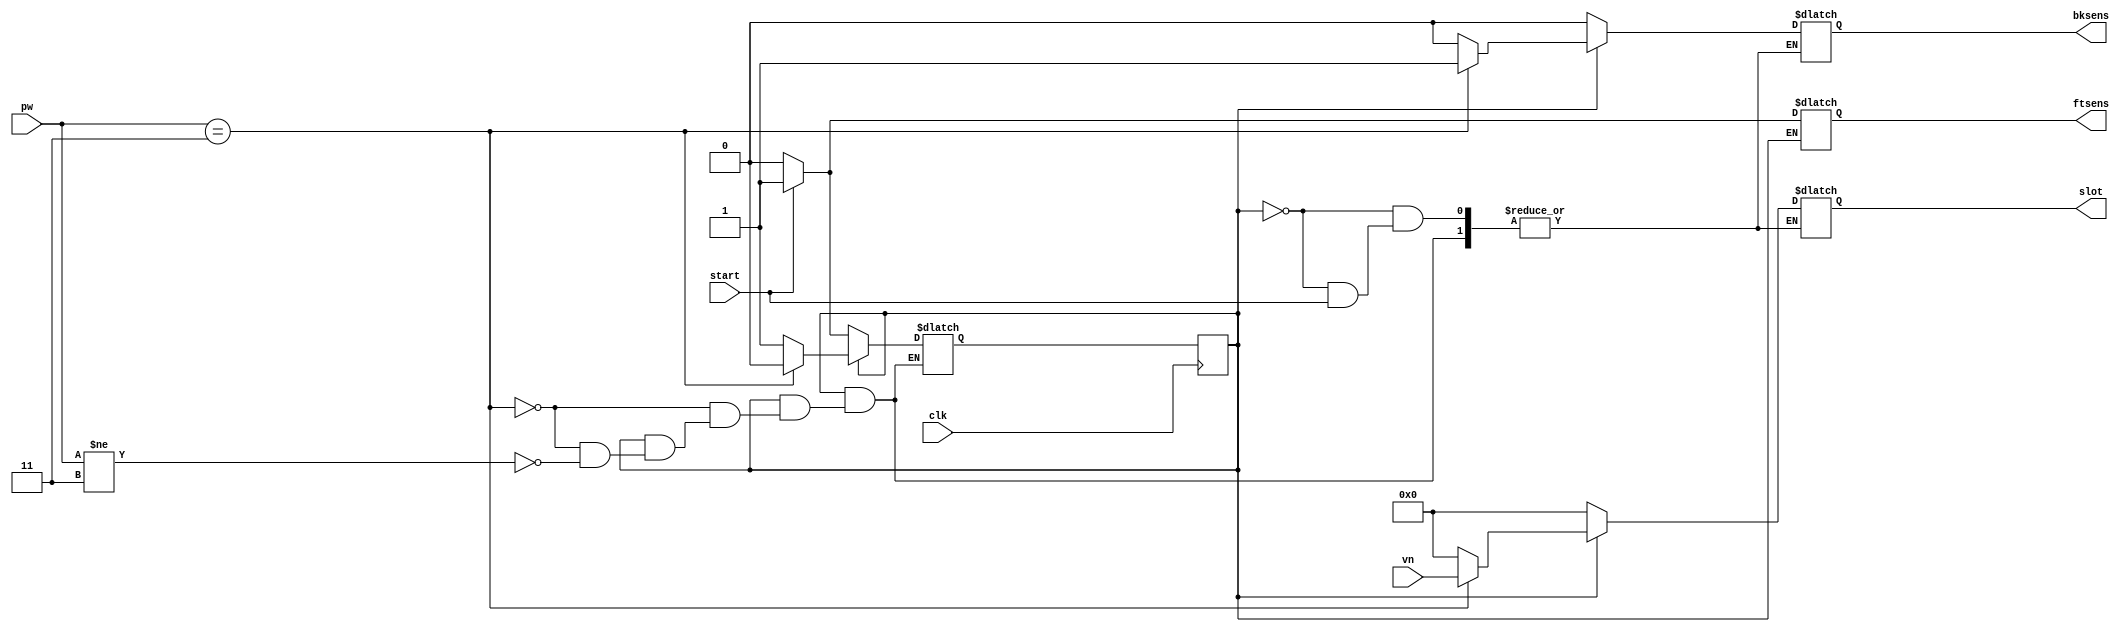
module parking(ftsens,bksens,slot,clk,start,pw,vn);
parameter n=4;
parameter PASSWORD= 4'b0011;
parameter CLOSE=1'b0 , OPEN= 1'b1;

output reg ftsens,bksens;
output reg [3:0] slot;
input start,clk;
input [n-1:0] pw,vn;

reg [n-1:0] park[0:15];
reg [n-1:0] c_pw;
reg f,b,state,gate;
reg k=0;

always @(posedge clk)
begin
state<=gate;
end

always@ (*)
begin
case (state)
 CLOSE: begin
	 if(start)
	  begin
	   ftsens= 1'b1;
	   c_pw= pw;
	   gate= OPEN;
	  end
	 else if(!start)
	  begin
	   ftsens= 1'b0;
           bksens=1'b0;
	   slot=0;
	   c_pw=0;
	   gate= CLOSE;
	  end
	end

  OPEN: begin
	 c_pw=pw;
	 if(c_pw== PASSWORD)
	  begin
	    park[k]= vn;
	    slot= vn;
	    k= k+1;
	    bksens=1'b1;
	    gate= CLOSE;
	   end
	  else if(c_pw!= PASSWORD)
	    begin
	    bksens=1'b0;
	    slot=0;
	    gate= OPEN;
	   end
	end
  default : gate= CLOSE;
 endcase

end

endmodule